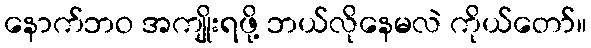
နောက်ဘဝ အကျိုးရဖို့ ဘယ်လိုနေမလဲ ကိုယ်တော်။